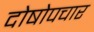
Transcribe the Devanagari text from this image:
दोषोपचार